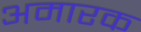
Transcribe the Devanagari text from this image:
अमारक